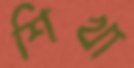
শিখা